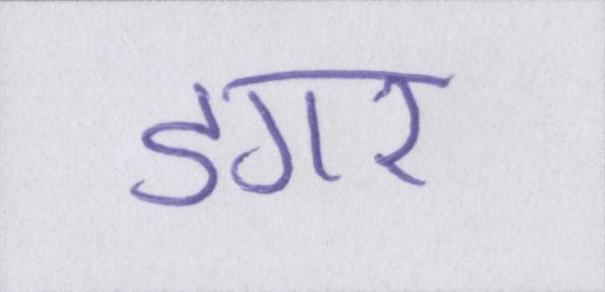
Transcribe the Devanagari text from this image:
डगर